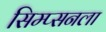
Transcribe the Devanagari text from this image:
सिम्प्सनला